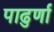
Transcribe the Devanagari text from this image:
पाढुर्णा